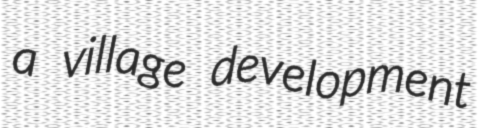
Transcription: a village development